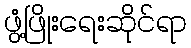
ဖွံ့ဖြိုးရေးဆိုင်ရာ